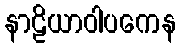
နာဠိယာဝါပကေန